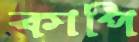
কাপি